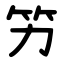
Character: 竻